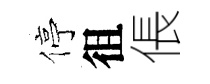
停徂倀